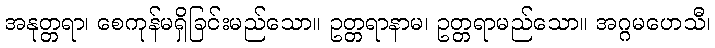
အနုတ္တရာ၊ စေကုန်မရှိခြင်းမည်သော။ ဥတ္တရာနာမ၊ ဥတ္တရာမည်သော။ အဂ္ဂမဟေသီ၊